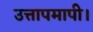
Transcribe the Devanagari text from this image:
उत्तापमापी।